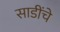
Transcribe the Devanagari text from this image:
साडींचे